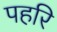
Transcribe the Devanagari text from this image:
पहरि